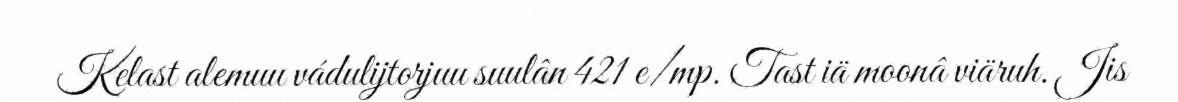
Kelast alemuu vádulijtorjuu suulân 421 e/mp. Tast iä moonâ viäruh. Jis